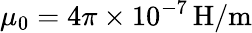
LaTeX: \mu_{0}=4\pi\times 10^{-7}\, \mathrm{H/m}